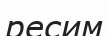
ресим